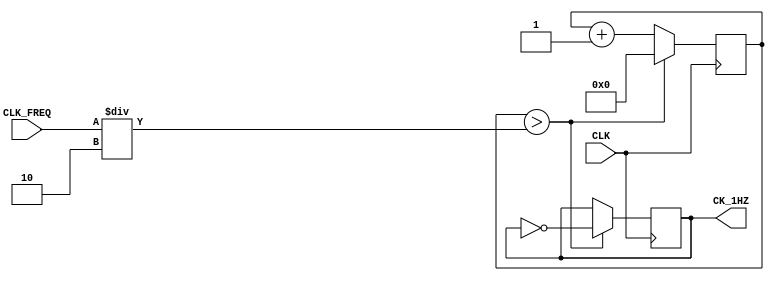
module CLOCKMEM ( 
input                CLK ,
input [31:0]         CLK_FREQ ,
output reg  			CK_1HZ
) ;

//---50MHZ CLOCK1 TEST---
reg  [31:0] CLK_DELAY ; 
//--
always @(posedge CLK )  
begin
	if (CLK_DELAY> CLK_FREQ/2) 
	begin 
		CLK_DELAY<=0;  
		CK_1HZ <=~CK_1HZ ;
	end
	else   
		CLK_DELAY <=CLK_DELAY+1;
end		
	
endmodule